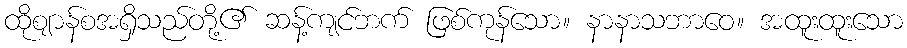
ထိုဈာန်စအရှိသည်တို့၏ ဆန့်ကျင်ဘက် ဖြစ်ကုန်သော။ နာနာသဘာဝေ။ အထူးထူးသော